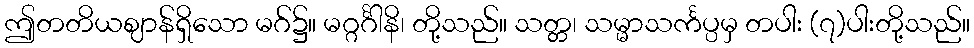
ဤတတိယဈာန်ရှိသော မဂ်၌။ မဂ္ဂင်္ဂါနိ၊ တို့သည်။ သတ္တ၊ သမ္မာသင်္ကပ္ပမှ တပါး (၇)ပါးတို့သည်။